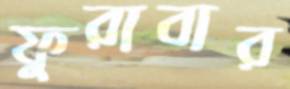
ফুরাবার